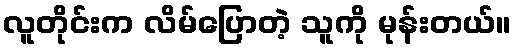
လူတိုင်းက လိမ်ပြောတဲ့ သူကို မုန်းတယ်။